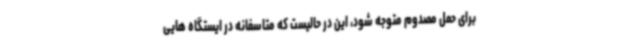
برای حمل مصدوم متوجه شود، این در حالیست که متاسفانه در ایستگاه هایی